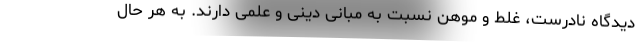
دیدگاه نادرست، غلط و موهن نسبت به مبانی دینی و علمی دارند. به هر حال